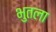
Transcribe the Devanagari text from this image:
भुतला